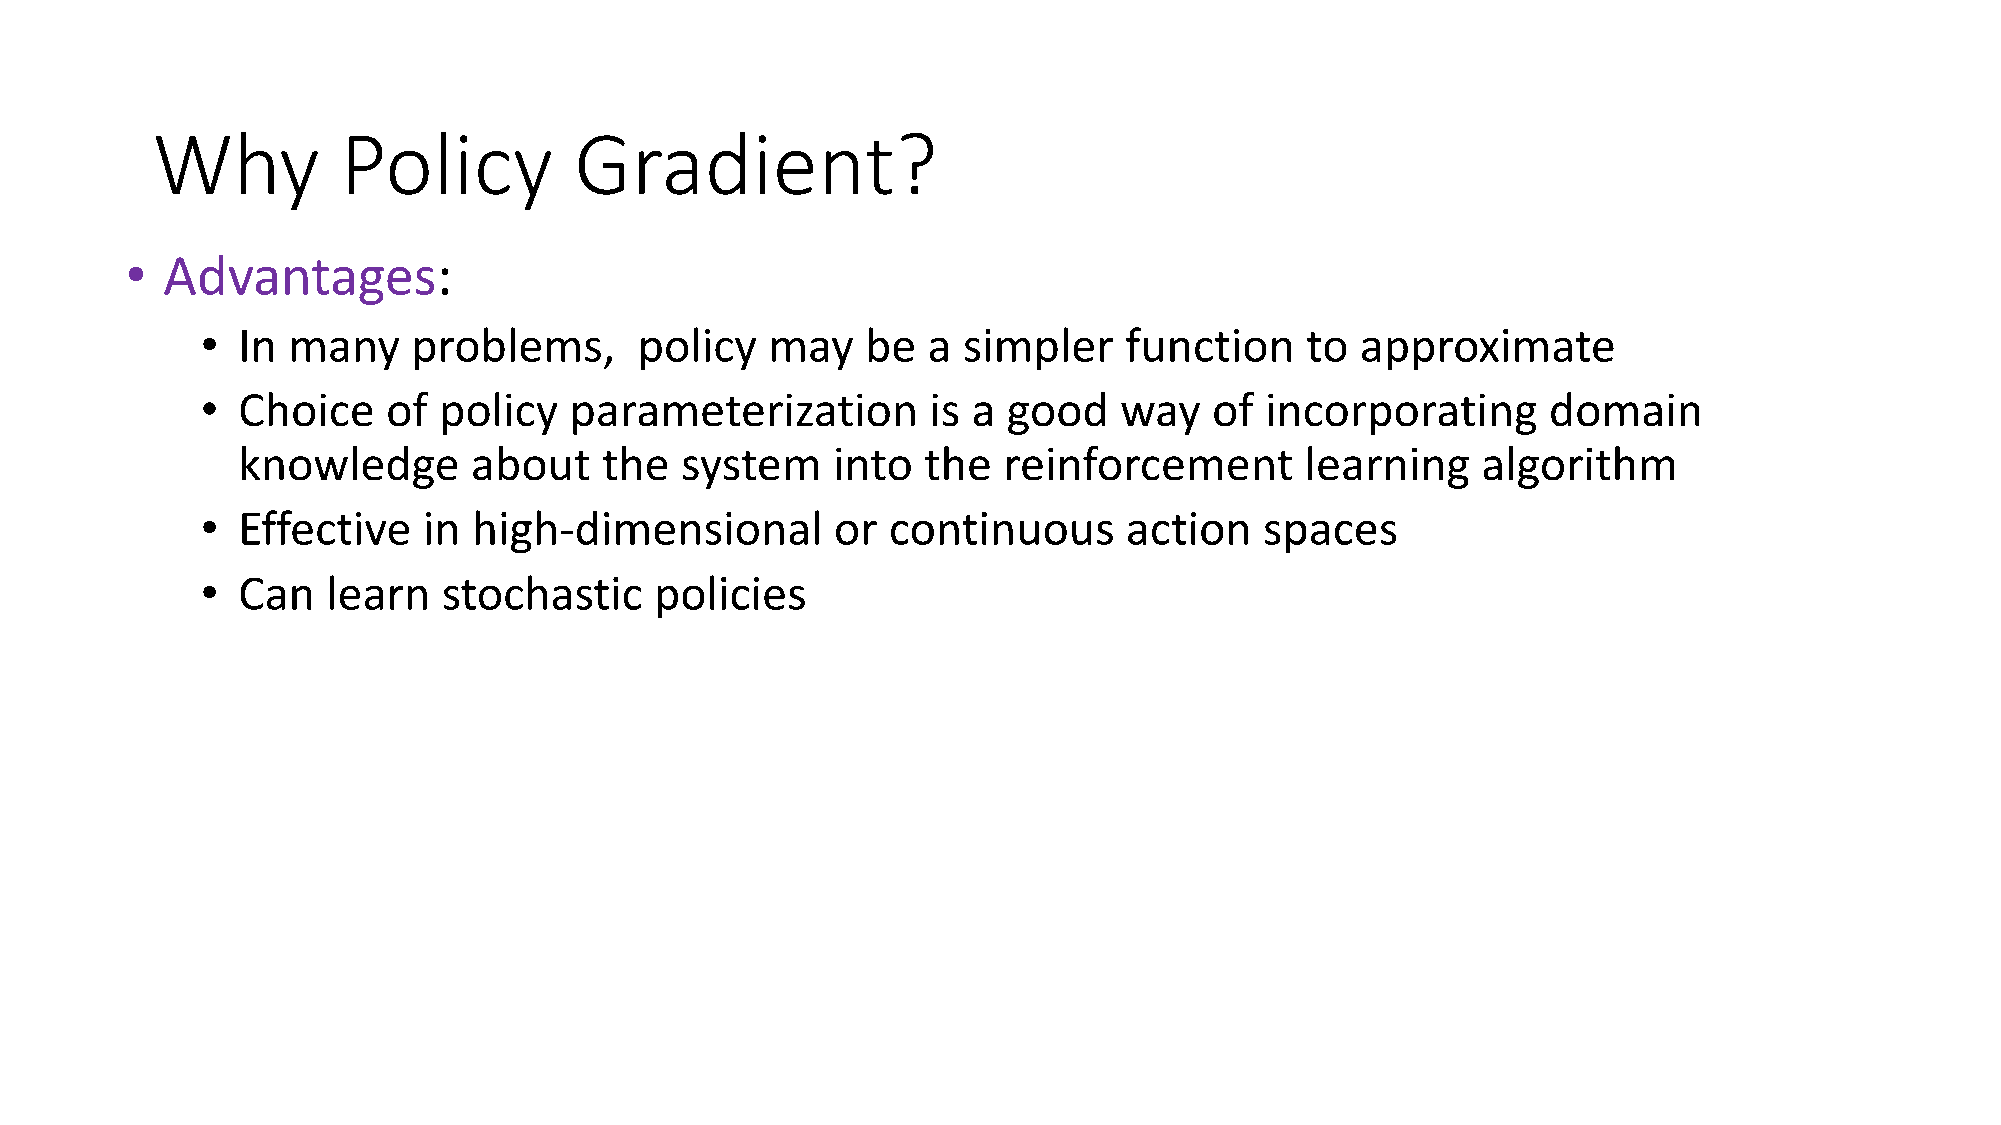
Why          Policy         Gradient?
 •  Advantages:
 •  In many    problems,      policy   may   be  a  simpler   function    to  approximate
 •  Choice    of policy   parameterization        is a good   way   of  incorporating     domain
 knowledge      about    the  system    into  the  reinforcement       learning    algorithm
 •  Effective   in high-dimensional        or  continuous      action   spaces
 •  Can   learn  stochastic    policies
 •  Disadvantages:
 •  Typically   converge     to a  local  rather   than   global   optimum
 •  Evaluating    a  policy  is typically   inefficient   and   high  variance